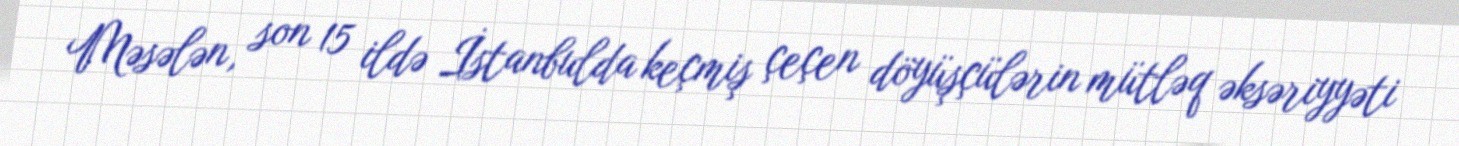
Məsələn, son 15 ildə İstanbulda keçmiş çeçen döyüşçülərin mütləq əksəriyyəti